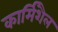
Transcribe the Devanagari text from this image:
कार्मिशैल